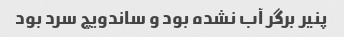
پنیر برگر آب نشده بود و ساندویچ سرد بود